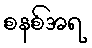
စနစ်အရ